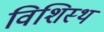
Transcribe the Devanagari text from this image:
विशिस्थ